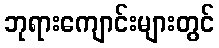
ဘုရားကျောင်းများတွင်